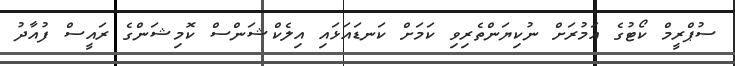
ސުޕްރީމް ކޯޓުގެ އަމުރަށް ނުކިޔަންތެރިވި ކަމަށް ކަނޑައަޅައި އިލެކްޝަންސް ކޮމިޝަންގެ ރައީސް ފުއާދު